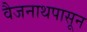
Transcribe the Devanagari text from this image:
वैजनाथपासून